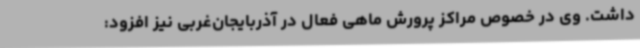
داشت. وی در خصوص مراکز پرورش ماهی فعال در آذربایجان‌غربی نیز افزود: